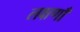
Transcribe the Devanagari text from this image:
लक्षणाँ